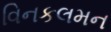
વિનકલમન